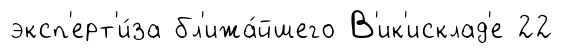
эксп'ерт'и́за бл'ижа́йшего В'ик'исклад'е 22